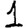
Digit: 1